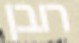
רובן